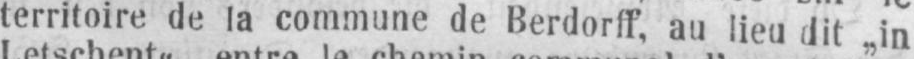
territoire de la commune de Berdorff, au lieu dit „in